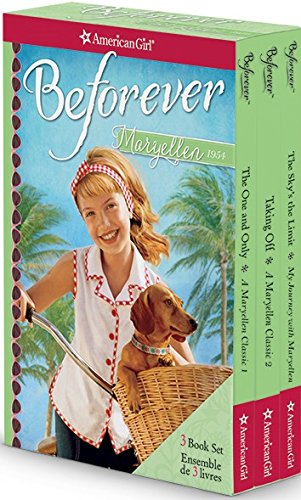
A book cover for Maryellen Larkin 3 book set (American Girl: Beforever); Valerie Tripp; Children's Books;